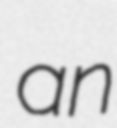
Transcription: an